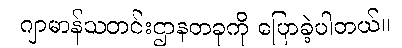
ဂျာမာန်သတင်းဌာနတခုကို ပြောခဲ့ပါတယ်။